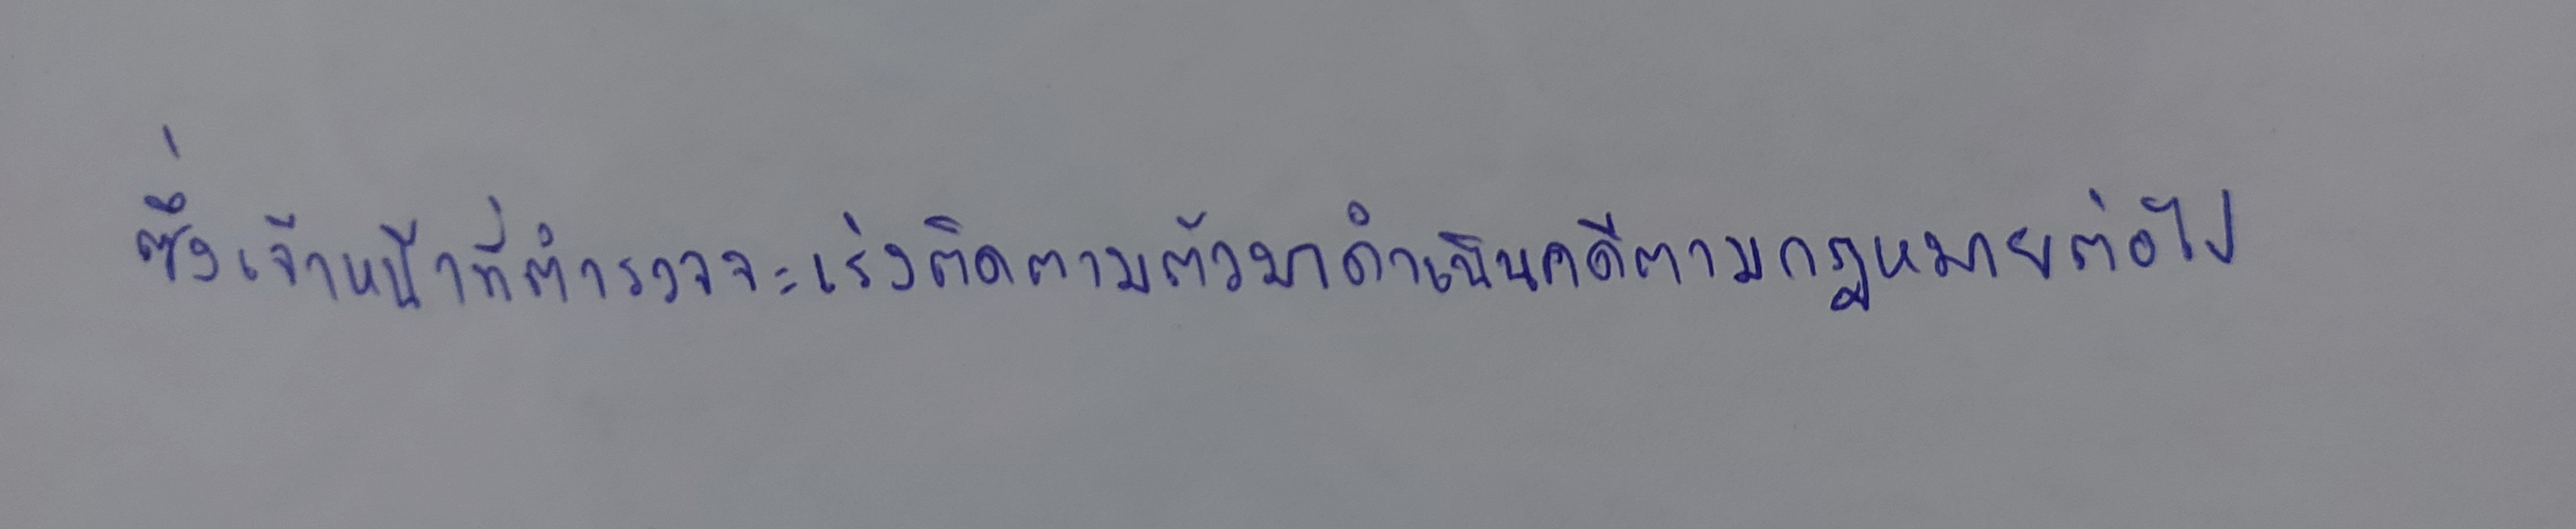
ซึ่งเจ้าหน้าที่ตำรวจจะเร่งติดตามตัวมาดำเนินคดีตามกฎหมายต่อไป